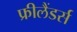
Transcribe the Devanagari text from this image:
फ्रीलैंडर्स